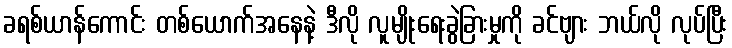
ခရစ်ယာန်ကောင်း တစ်ယောက်အနေနဲ့ ဒီလို လူမျိုးရေးခွဲခြားမှုကို ခင်ဗျား ဘယ်လို လုပ်ပြီး